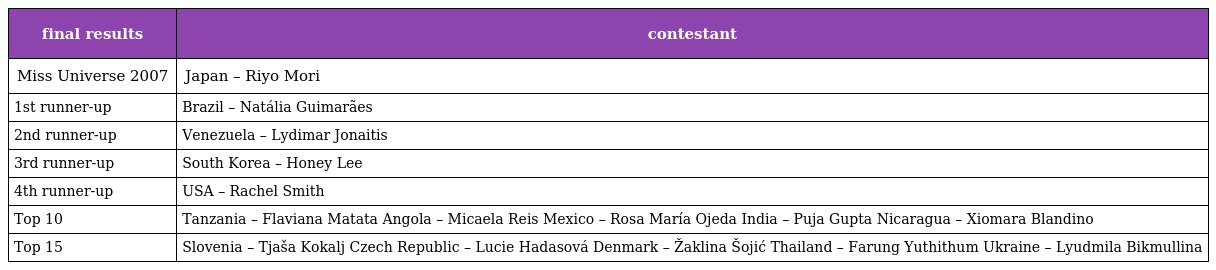
| final results | contestant |
 | --- | --- |
 | Miss Universe 2007 | Japan – Riyo Mori |
 | 1st runner-up | Brazil – Natália Guimarães |
 | 2nd runner-up | Venezuela – Lydimar Jonaitis |
 | 3rd runner-up | South Korea – Honey Lee |
 | 4th runner-up | USA – Rachel Smith |
 | Top 10 | Tanzania – Flaviana Matata Angola – Micaela Reis Mexico – Rosa María Ojeda India – Puja Gupta Nicaragua – Xiomara Blandino |
 | Top 15 | Slovenia – Tjaša Kokalj Czech Republic – Lucie Hadasová Denmark – Žaklina Šojić Thailand – Farung Yuthithum Ukraine – Lyudmila Bikmullina |